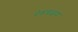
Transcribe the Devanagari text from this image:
पेरूंबळम